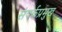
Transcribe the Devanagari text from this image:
संपर्कप्रमुख